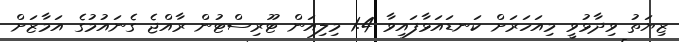
ޒިޔަތު ވިދާޅުވީ މިއަހަރަށް ކަނޑައަޅާފައިވާ 1.4 މިލިއަން ޓޫރިސްޓުން ރާއްޖެ ގެނައުމުގެ އަމާޒަށް